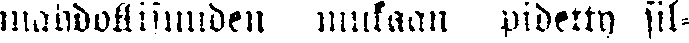
mahdollisuuden mukaan pidetty sil-